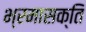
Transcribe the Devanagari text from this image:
भ्रमासक्‍ति